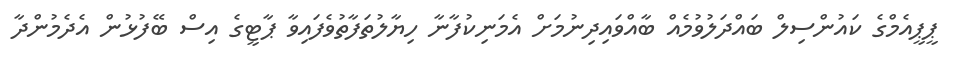
ޕީޕީއެމްގެ ކައުންސިލް ބައްދަލުވުމެއް ބާއްވައިދިނުމަށް އެމަނިކުފާނާ ހިޔާލުތަފާތުވެފައިވާ ޕާޓީގެ އިސް ބޭފުޅުން އެދެމުންދާ